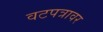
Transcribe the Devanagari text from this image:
वटपत्रावर